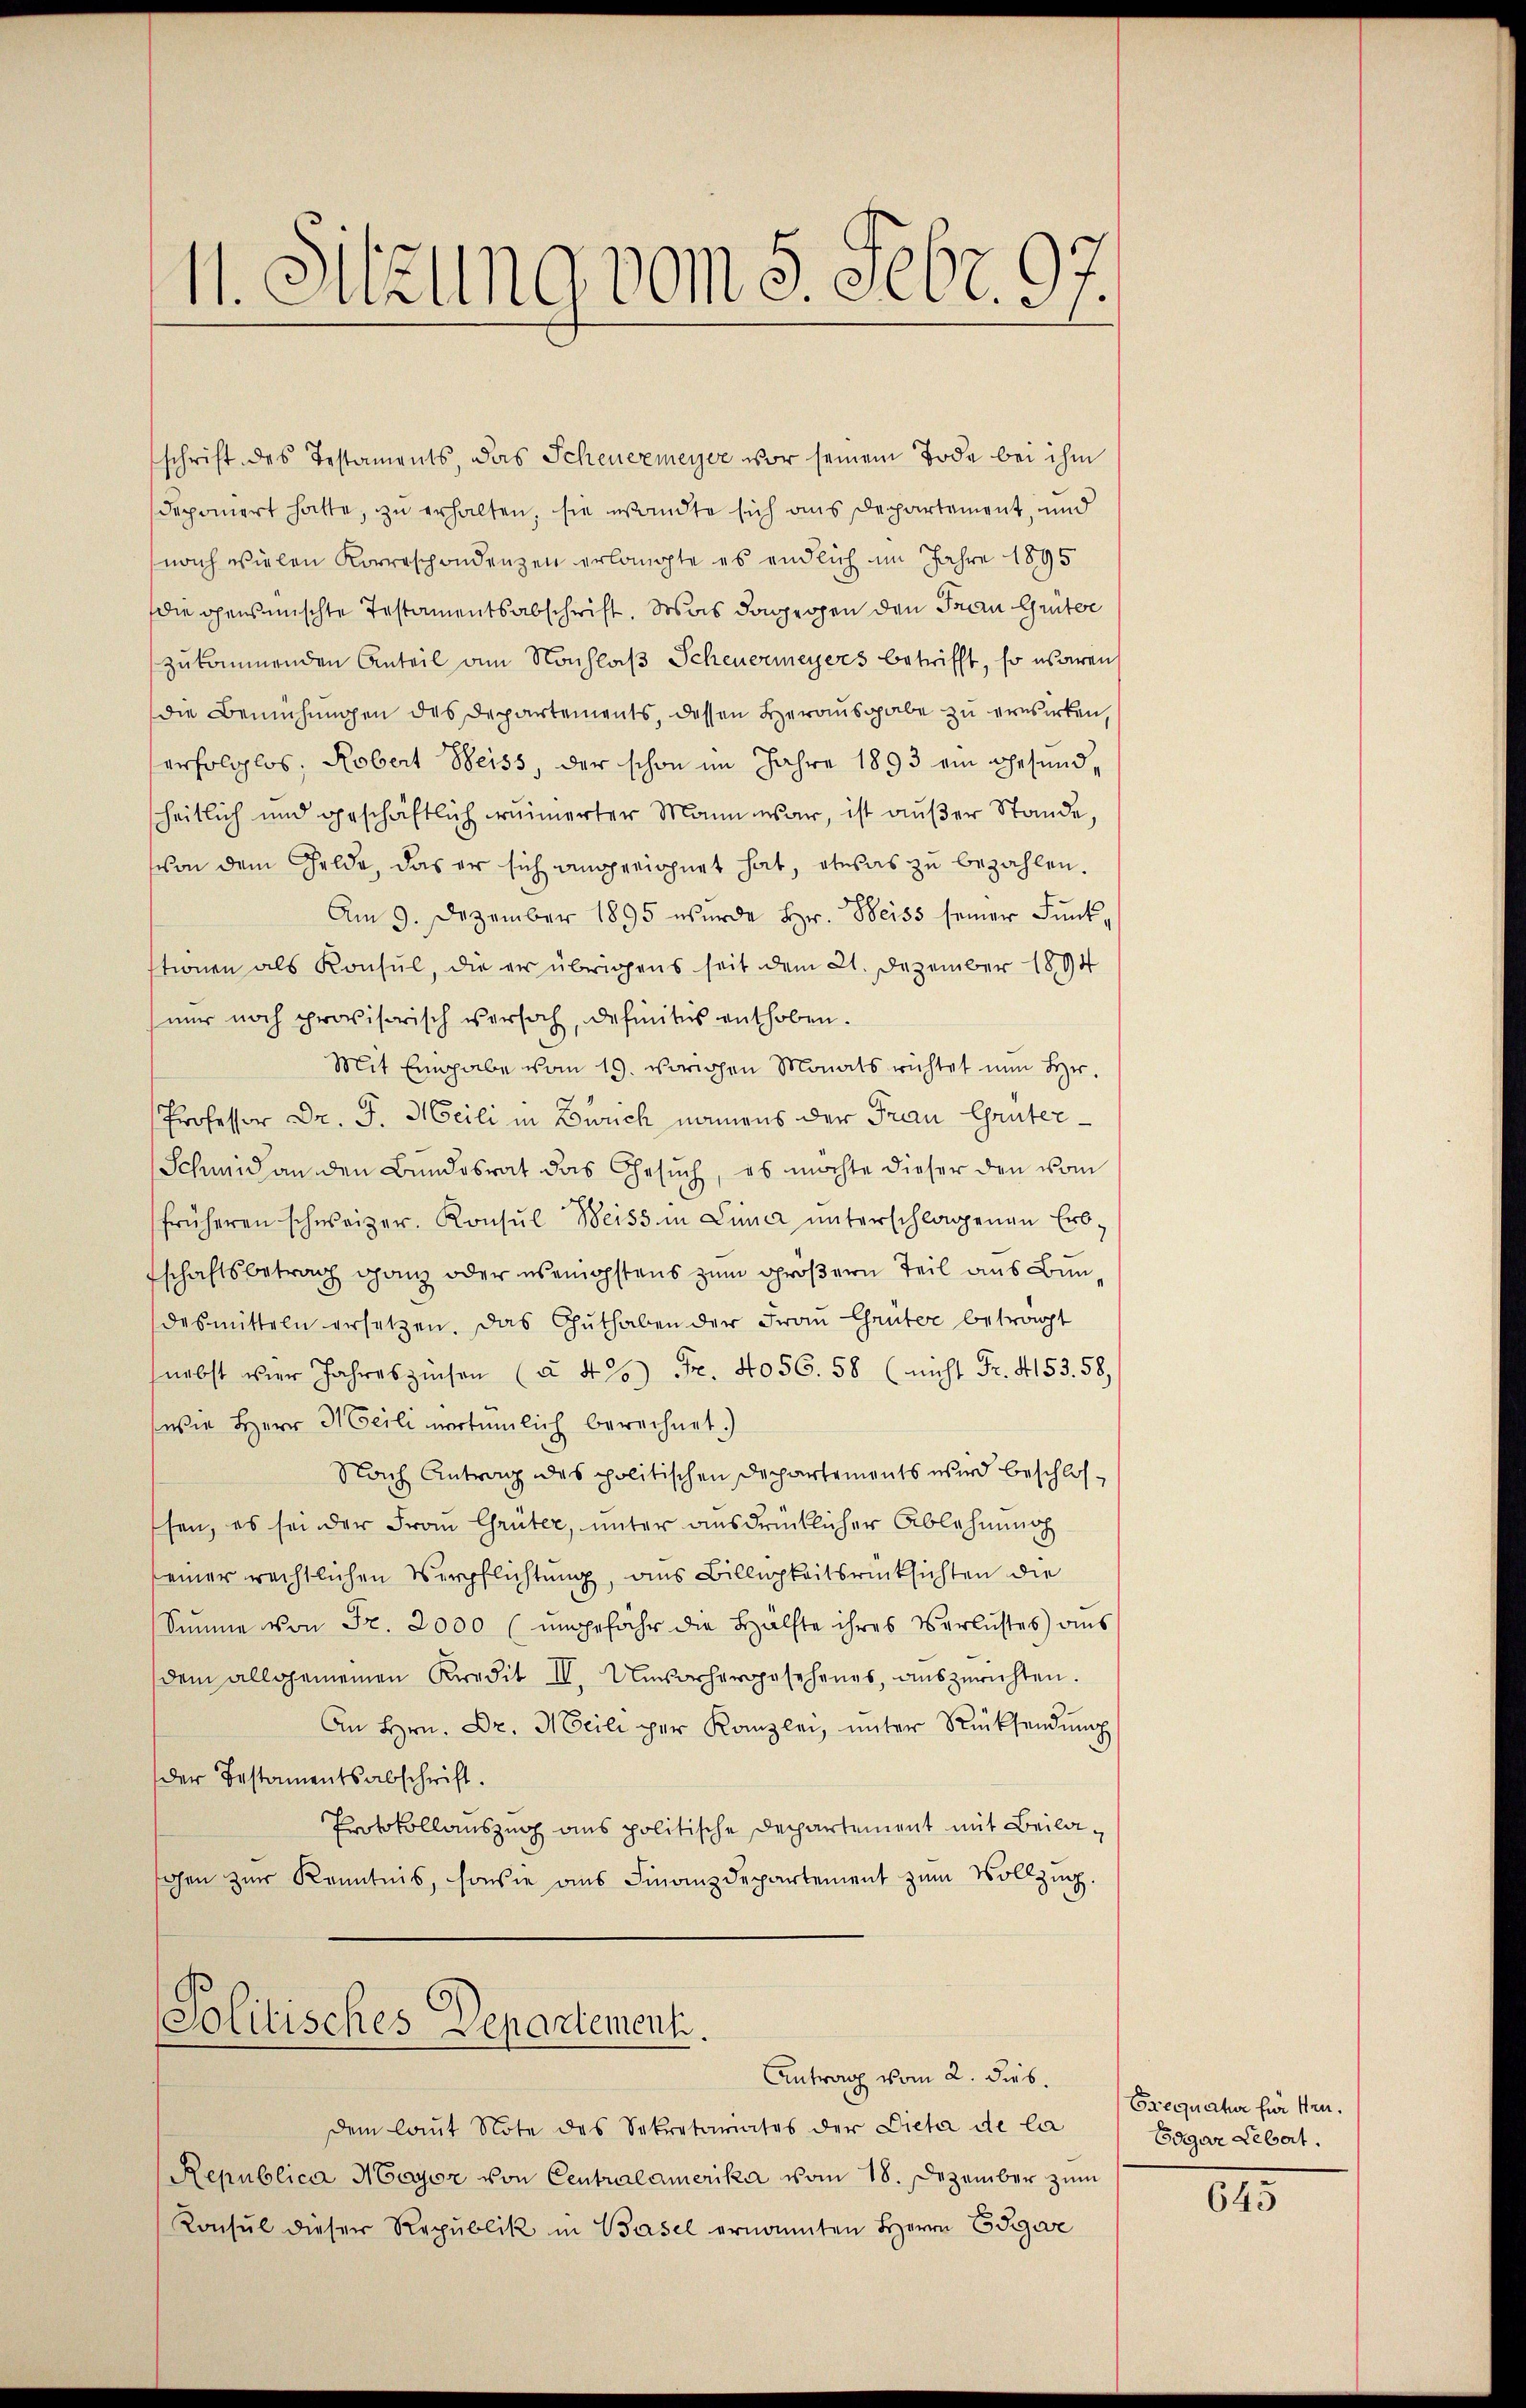
schrift des Testaments, das Scheuermeyer vor seinem Tode bei ihm
deponiert hatte, zu erhalten, sie wandte sich aus Departement, und
nach vielen Korreschondenzen erlangte es endlich im Jahre 1895
die gensmischte Testamentsabschrift. Was dagegen den Frau Gunter
zukommenden Anteil am Nachlaβ Scheuermeyers betrifft, so warens
die Bemühungen des Departements, dessen Herausgabe zu erwirken,
erfolglos, Robert Weiss, der schon im Jahre 1893 ein Gesundsheitlich und geschäftlich wunnerter Mann war, ist aŭβer Stande,
von dem Gelde, das er sich angreichnet hat, etwas zu bezahlen.
Am 9. Dezember 1895 wurde Hr. Heiss seiner Funkstionen als Konsul, die er übrigens seit dem 21. Dezember 1894
nur noch provisorisch versah, definitus enthoben.
Mit Eingabe vom 19. vorigen Monats richtet nun Hr.
Professor Dr. J. Meili in Zürich namens der Frau Grüter¬
Schmid an den Bundesrat das Gesŭch, es möchte dieser den vom
früheren schweizer. Konsŭl Weiss in Lina unterschlagenen Erb-
fschaftsbetrag ganz oder wenigstens zum größern Teil aus Bundesmitteln ersetzen. Das Guthaben der Frau Grüter betragt
nebst vier Jahreszinsen (§ 486) Fr. 4056. 58 (nicht Fr. 4153. 58,
(wie Herr Meili vertümlich berechnet.)
Nach Antrag des politischen Departements wird beschlossen, es sei der Frau Grüter, unter ausdrücklicher Ablehnung
einer rechtlichen Verpflichtung, aus Billigkeitsrücksichten die
Simme von Fr. 2000 (ungefahr die Hälfte ihres Verlustes aus
dem allgemeinen Kredit II. Unvorhergesehenes, auszurichten.
An Hrn. Dr. Meili per Kanzlei, ŭnter Rücksendŭng
Der Bestamentsabschrift.
Protokollauszug aus politische Departement mit Beilaohen zur Kenntnis, sowie aus Finanzdepartement zum Vollzug.

11. Sitzung vom 5. Febr. 97.

Solitisches Departement.

dem laŭt Note des Sekretariates der Dieta de la
Republica Meyer von Centralamerika vom 18. Dezember zŭm
Konsul dieser Republik in Basel ernannten Herrn Edgar

Antrag vom 2. dies.

Orequatur für Hrn.
Edgar Lebert.

645